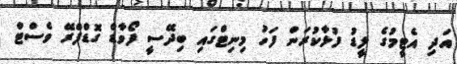
އަދި އެޓީމުގެ ލީޑު ފުޅާކުރަން ފަހު މިނިޓްގައި ބިދޭސީ ފޯވާޑް ގޮޑްފްރޭ ވެސްޓް